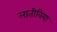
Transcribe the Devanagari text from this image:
लातीविया